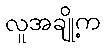
လူအချို့က